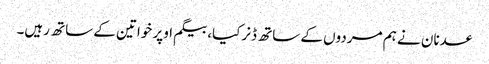
عدنان نے ہم مردوں کے ساتھ ڈنرکیا، بیگم اوپر خواتین کے ساتھ رہیں۔